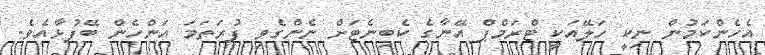
އެހެންކަމުން ނިކީ ހަލޭއަކީ ޓްރަމްޕް އޭނާގެ ކެބިނެޓަށް ނެންގެވި ފުރަތަމަ އަންހެން ބޭފުޅާއެވެ.